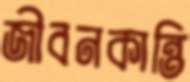
জীবনকান্তি